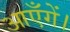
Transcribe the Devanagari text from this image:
आएँगें।